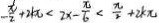
- \frac { \pi } { 2 } + 2 k \pi < 2 x - \frac { \pi } { 6 } < \frac { \pi } { 2 } + 2 k \pi